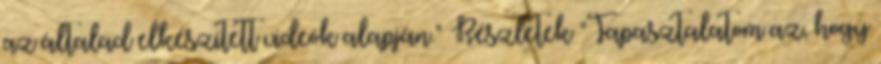
az általad elkészített videók alapján." Részletek "Tapasztalatom az, hogy